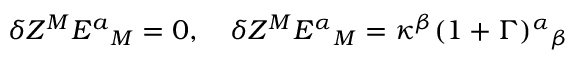
\delta Z ^ { M } E ^ { a } { } _ { M } = 0 , ~ ~ ~ \delta Z ^ { M } E ^ { \alpha } { } _ { M } = \kappa ^ { \beta } ( 1 + \Gamma ) ^ { \alpha } { } _ { \beta }